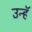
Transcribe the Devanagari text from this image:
उन्हॅ